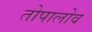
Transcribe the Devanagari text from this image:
तोपालोव